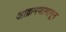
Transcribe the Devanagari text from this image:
आक्रमणामागून